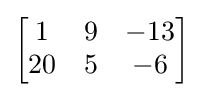
{\begin{bmatrix}1&9&-13\\20&5&-6\end{bmatrix}}